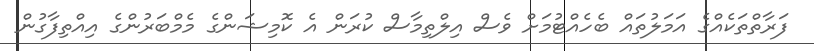
ފަރާތްތަކެއްގެ އަމަލުތައް ބެހެއްޓުމަށް ވެސް އިލްތިމާސް ކުރަން އެ ކޮމިޝަންގެ މެމްބަރުންގެ އިއްތިފާގުން